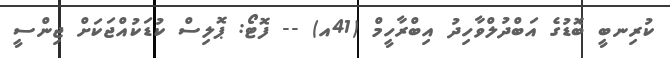
ކުރިނބީ ބޮޑުގެ އަބްދުލްވާހިދު އިބްރާހީމް (41އ) -- ފޮޓޯ: ޕޮލިސް ކުޑަކުއްޖަކަށް ޖިންސީ